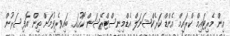
އިން މެރިޓައިމް ކްރައިމް އެންޑް ކަރެކްޝަނަލް އެޑްމިނިސްޓްރޭޝަން ކޯހުގައި ބައިވެރިވުމަށް ތިން އޮފިސަރުން